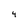
Character: 4